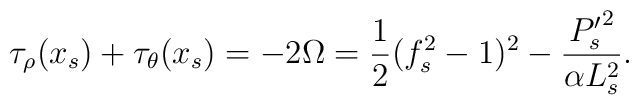
\tau_{\rho}(x_s) + \tau_{\theta}(x_s) = - 2 \Omega = \frac{1}{2} (f_s^2 -1)^2 - \frac{{P_s'}^2}{\alpha L_s^2}.